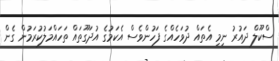
ސްކޫލް ދައުރު ނިމި އެތައް ދުވަހެއްގެ ފަހުންވެސް އެކަމުގެ އުދަގޫތައް ތަހައްމަލުކުރަމުން ގެން